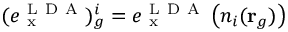
( e _ { \mathrm { ~ x ~ } } ^ { \mathrm { ~ L ~ D ~ A ~ } } ) _ { g } ^ { i } = e _ { \mathrm { ~ x ~ } } ^ { \mathrm { ~ L ~ D ~ A ~ } } \left( n _ { i } ( \mathbf { r } _ { g } ) \right)